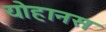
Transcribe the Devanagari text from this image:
योहानस